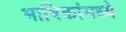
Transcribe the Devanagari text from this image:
भाषिकांमध्ये